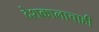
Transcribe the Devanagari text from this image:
देशकालाचाही